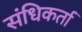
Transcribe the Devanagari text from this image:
संधिकर्ता